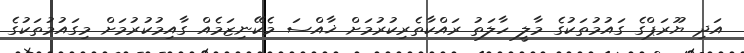
އަދި ޔޫރަޕްގެ ގައުމުތަކުގެ މާލީ ހާލަތު ރައްކާތެރިކުރުމަށް ޚާއްސަ މެކޭނިޒަމެއް ގާއިމުކުރުމަށް މިގައުމުތަކުގެ